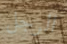
الرجل